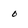
Character: 0